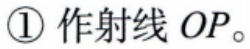
\textcircled{1} 作射线 \(OP\)。